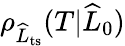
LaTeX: \rho_{\widehat{L}_{\mathrm{ts}}}(T|\widehat{L}_{0})